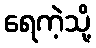
ရေကဲ့သို့